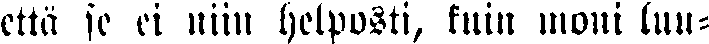
että se ei niin helposti, kuin moni luu-